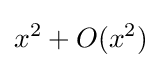
x^{2}+O(x^{2})